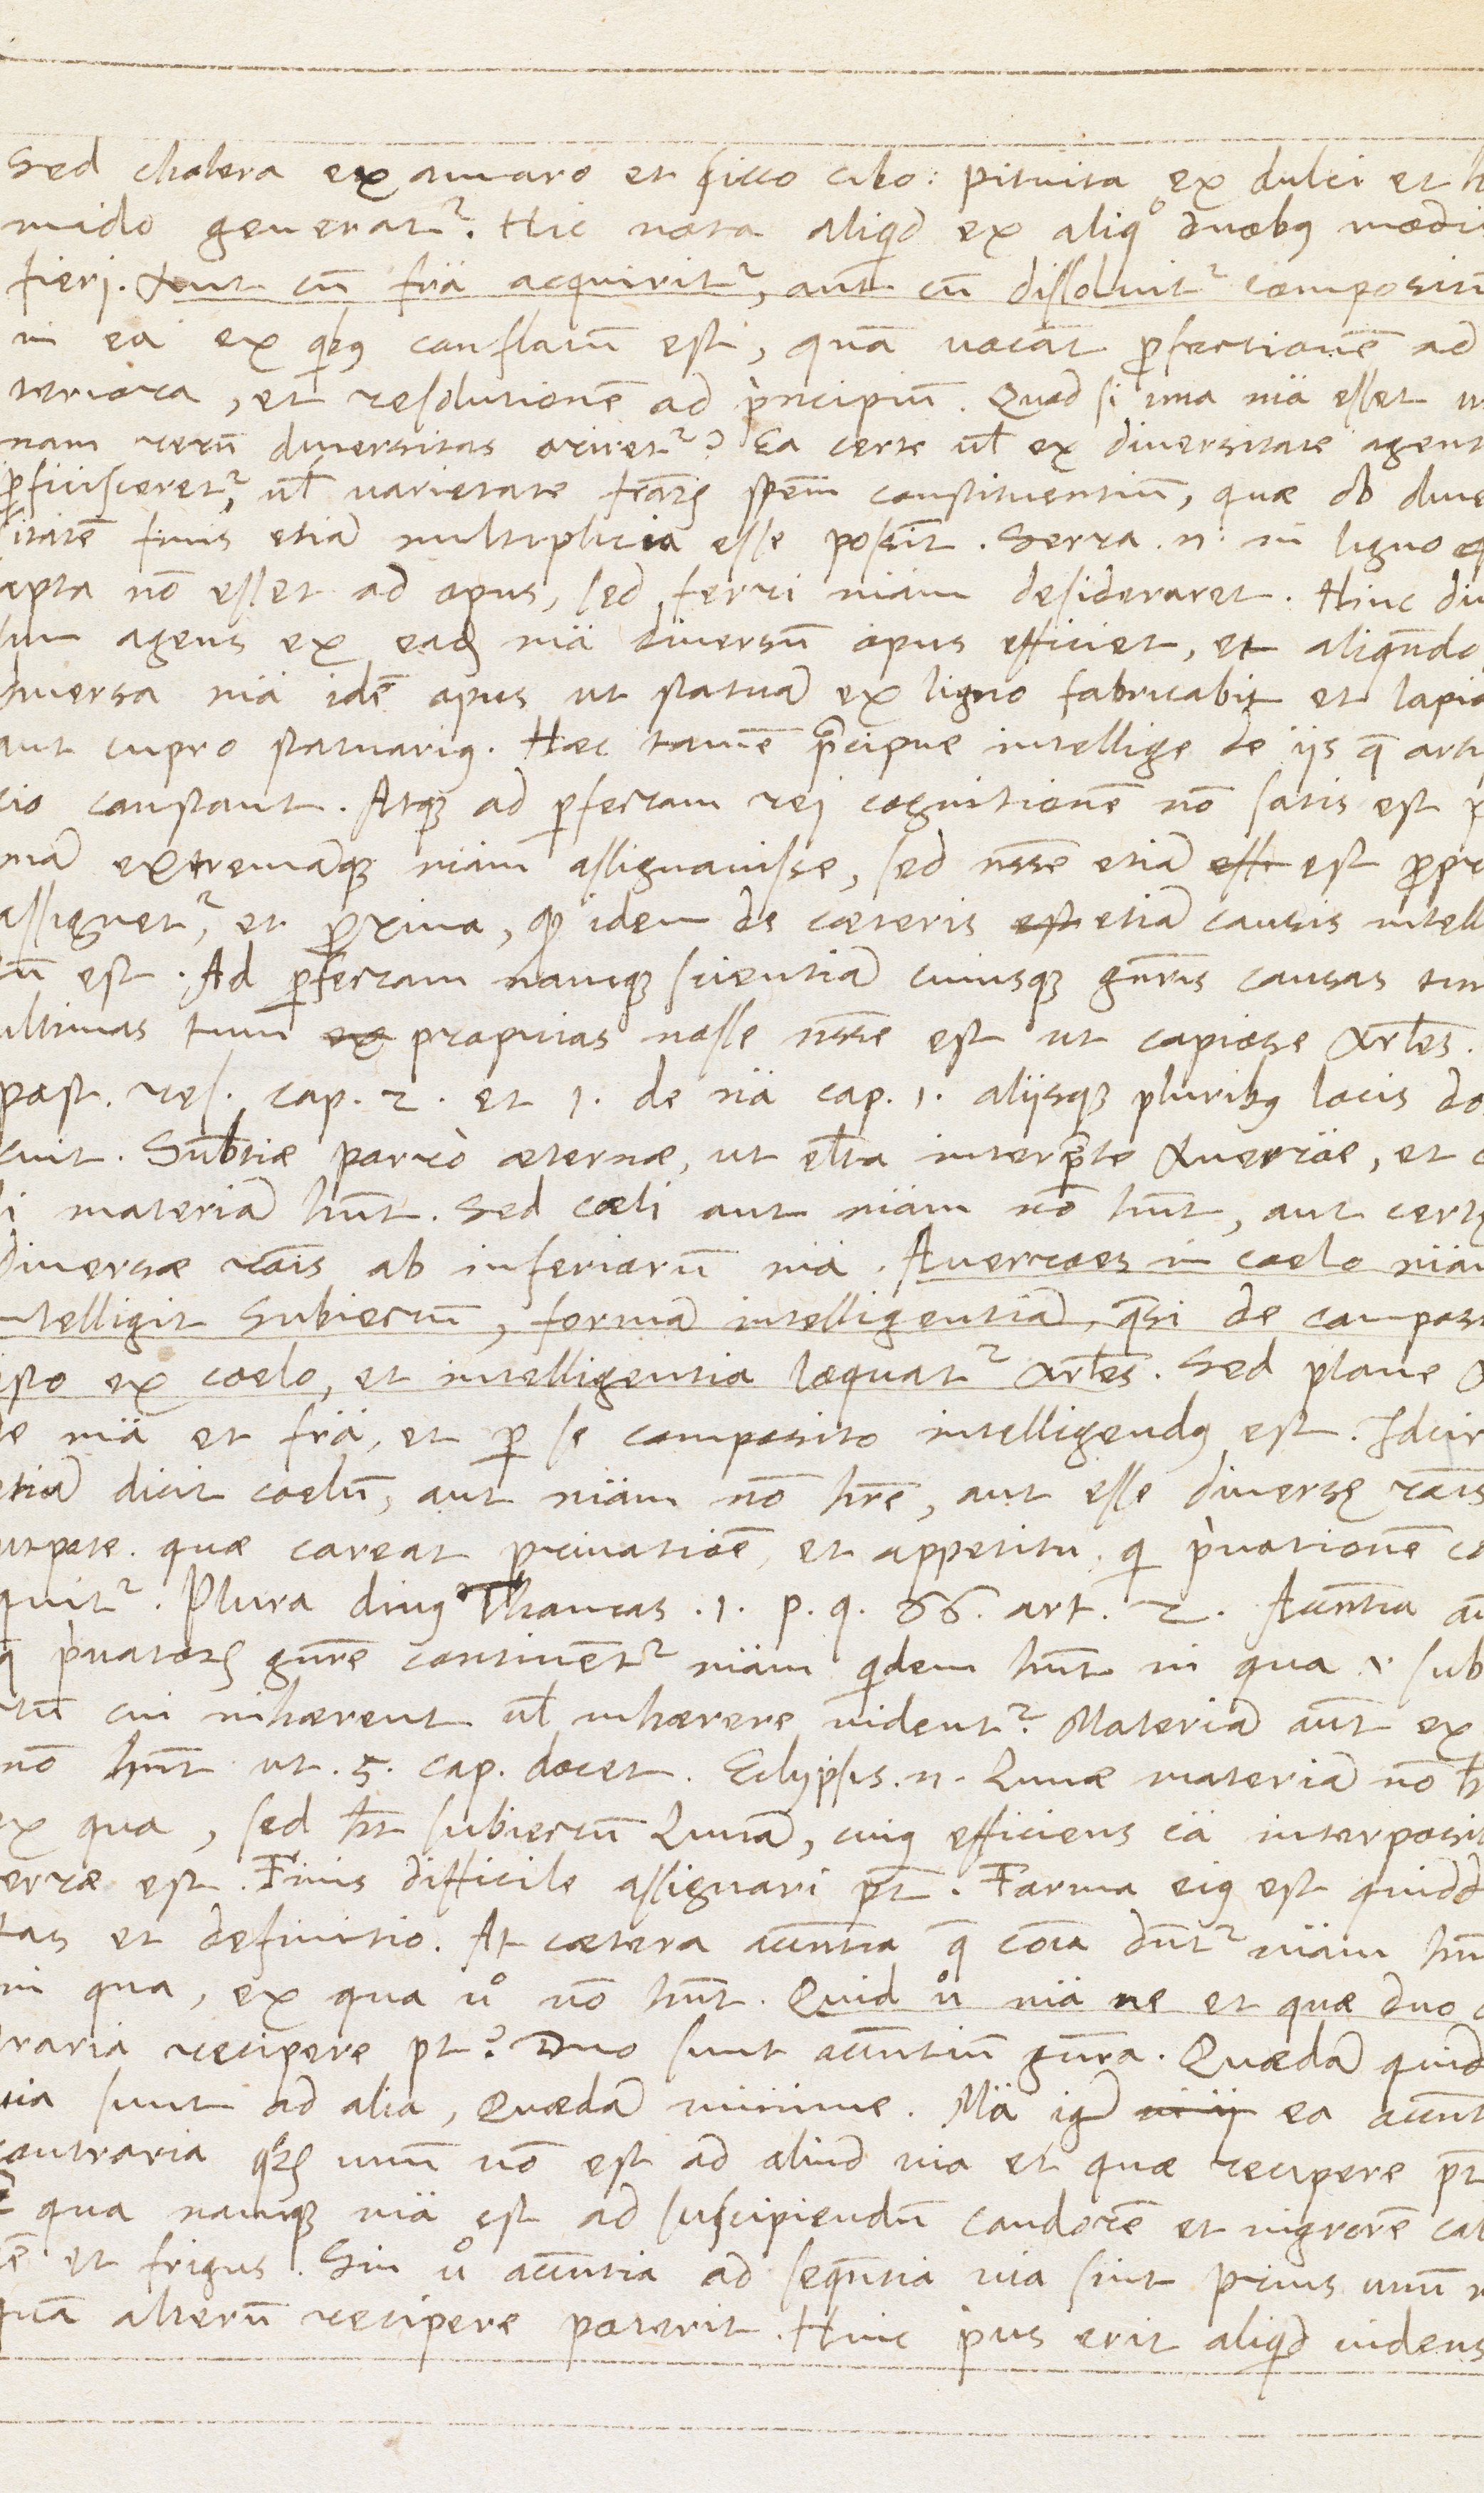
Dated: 1567–1567